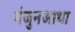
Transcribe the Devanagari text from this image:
मंजुनआथा